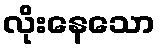
လိုးနေသော